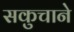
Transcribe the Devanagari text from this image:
सकुचाने